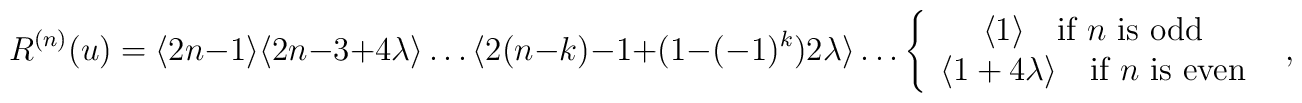
R^{(n)}(u)=\langle 2n-1\rangle \langle 2n-3+4\lambda \rangle \dots \langle 2(n-k)-1+(1-(-1)^{k})2\lambda \rangle \dots \left\{ \begin{array}{c}\langle 1\rangle \quad \textrm{if }n\textrm{ is odd}\\\langle 1+4\lambda \rangle \quad \textrm{if }n\textrm{ is even}\end{array}\right. \, \, \, ,